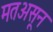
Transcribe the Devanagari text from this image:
मतअसून